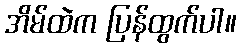
အိမ်ထဲက ပြန်ထွက်ပါ။